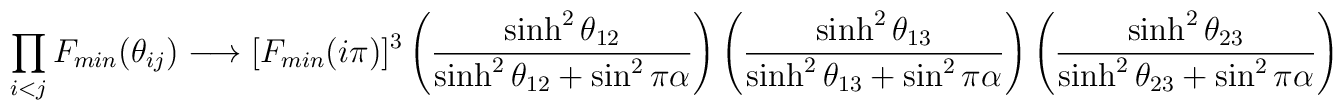
\prod_{i<j}F_{min}(\theta_{ij}) \longrightarrow [F_{min}(i\pi)]^3\left(\frac{\sinh^2\theta_{12}}{\sinh^2\theta_{12} + \sin^2\pi\alpha}\right)\left(\frac{\sinh^2\theta_{13}}{\sinh^2\theta_{13} + \sin^2\pi\alpha}\right)\left(\frac{\sinh^2\theta_{23}}{\sinh^2\theta_{23} + \sin^2\pi\alpha}\right)\,\,\,.